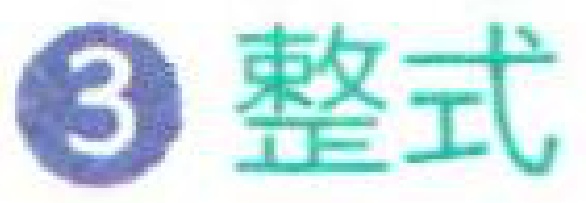
\textcircled{3} 整式